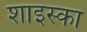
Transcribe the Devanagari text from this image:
शाइस्का